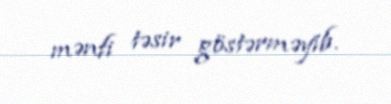
mənfi təsir göstərməyib.